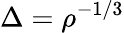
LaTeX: \Delta=\rho^{-1/3}